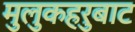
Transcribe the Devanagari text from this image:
मुलुकहरुबाट